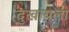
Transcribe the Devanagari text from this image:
दुखायला